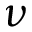
\nu